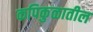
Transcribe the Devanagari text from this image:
कपिकुळातील